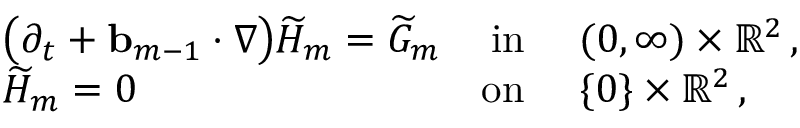
\begin{array} { r l r l } & { \bigl ( \partial _ { t } + \ensuremath { \mathbf { b } } _ { m - 1 } \cdot \nabla \bigr ) \widetilde { H } _ { m } = \widetilde { G } _ { m } } & { \mathrm { i n } } & { \ ( 0 , \infty ) \times \ensuremath { \mathbb { R } } ^ { 2 } \, , } \\ & { \widetilde { H } _ { m } = 0 } & { \mathrm { o n } } & { \ \{ 0 \} \times \ensuremath { \mathbb { R } } ^ { 2 } \, , } \end{array}